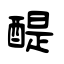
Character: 醍